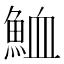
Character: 𩶫